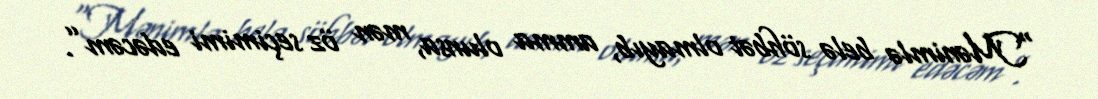
“Mənimlə belə söhbət olmayıb, amma olunsa, mən öz seçimimi edəcəm”.